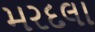
મરદલા